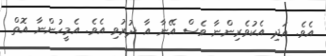
އެވެ. އަދި އެކުވެރިންނާ ވެސް އޭނާ އާ ދުރުވި އެވެ. އެމީހުންނާ އޮތް